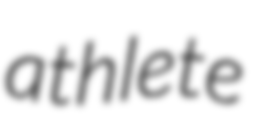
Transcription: athlete